65_HS1-834228961_62-HQ-83894_Serial_164
Agency: FBI
Page 31
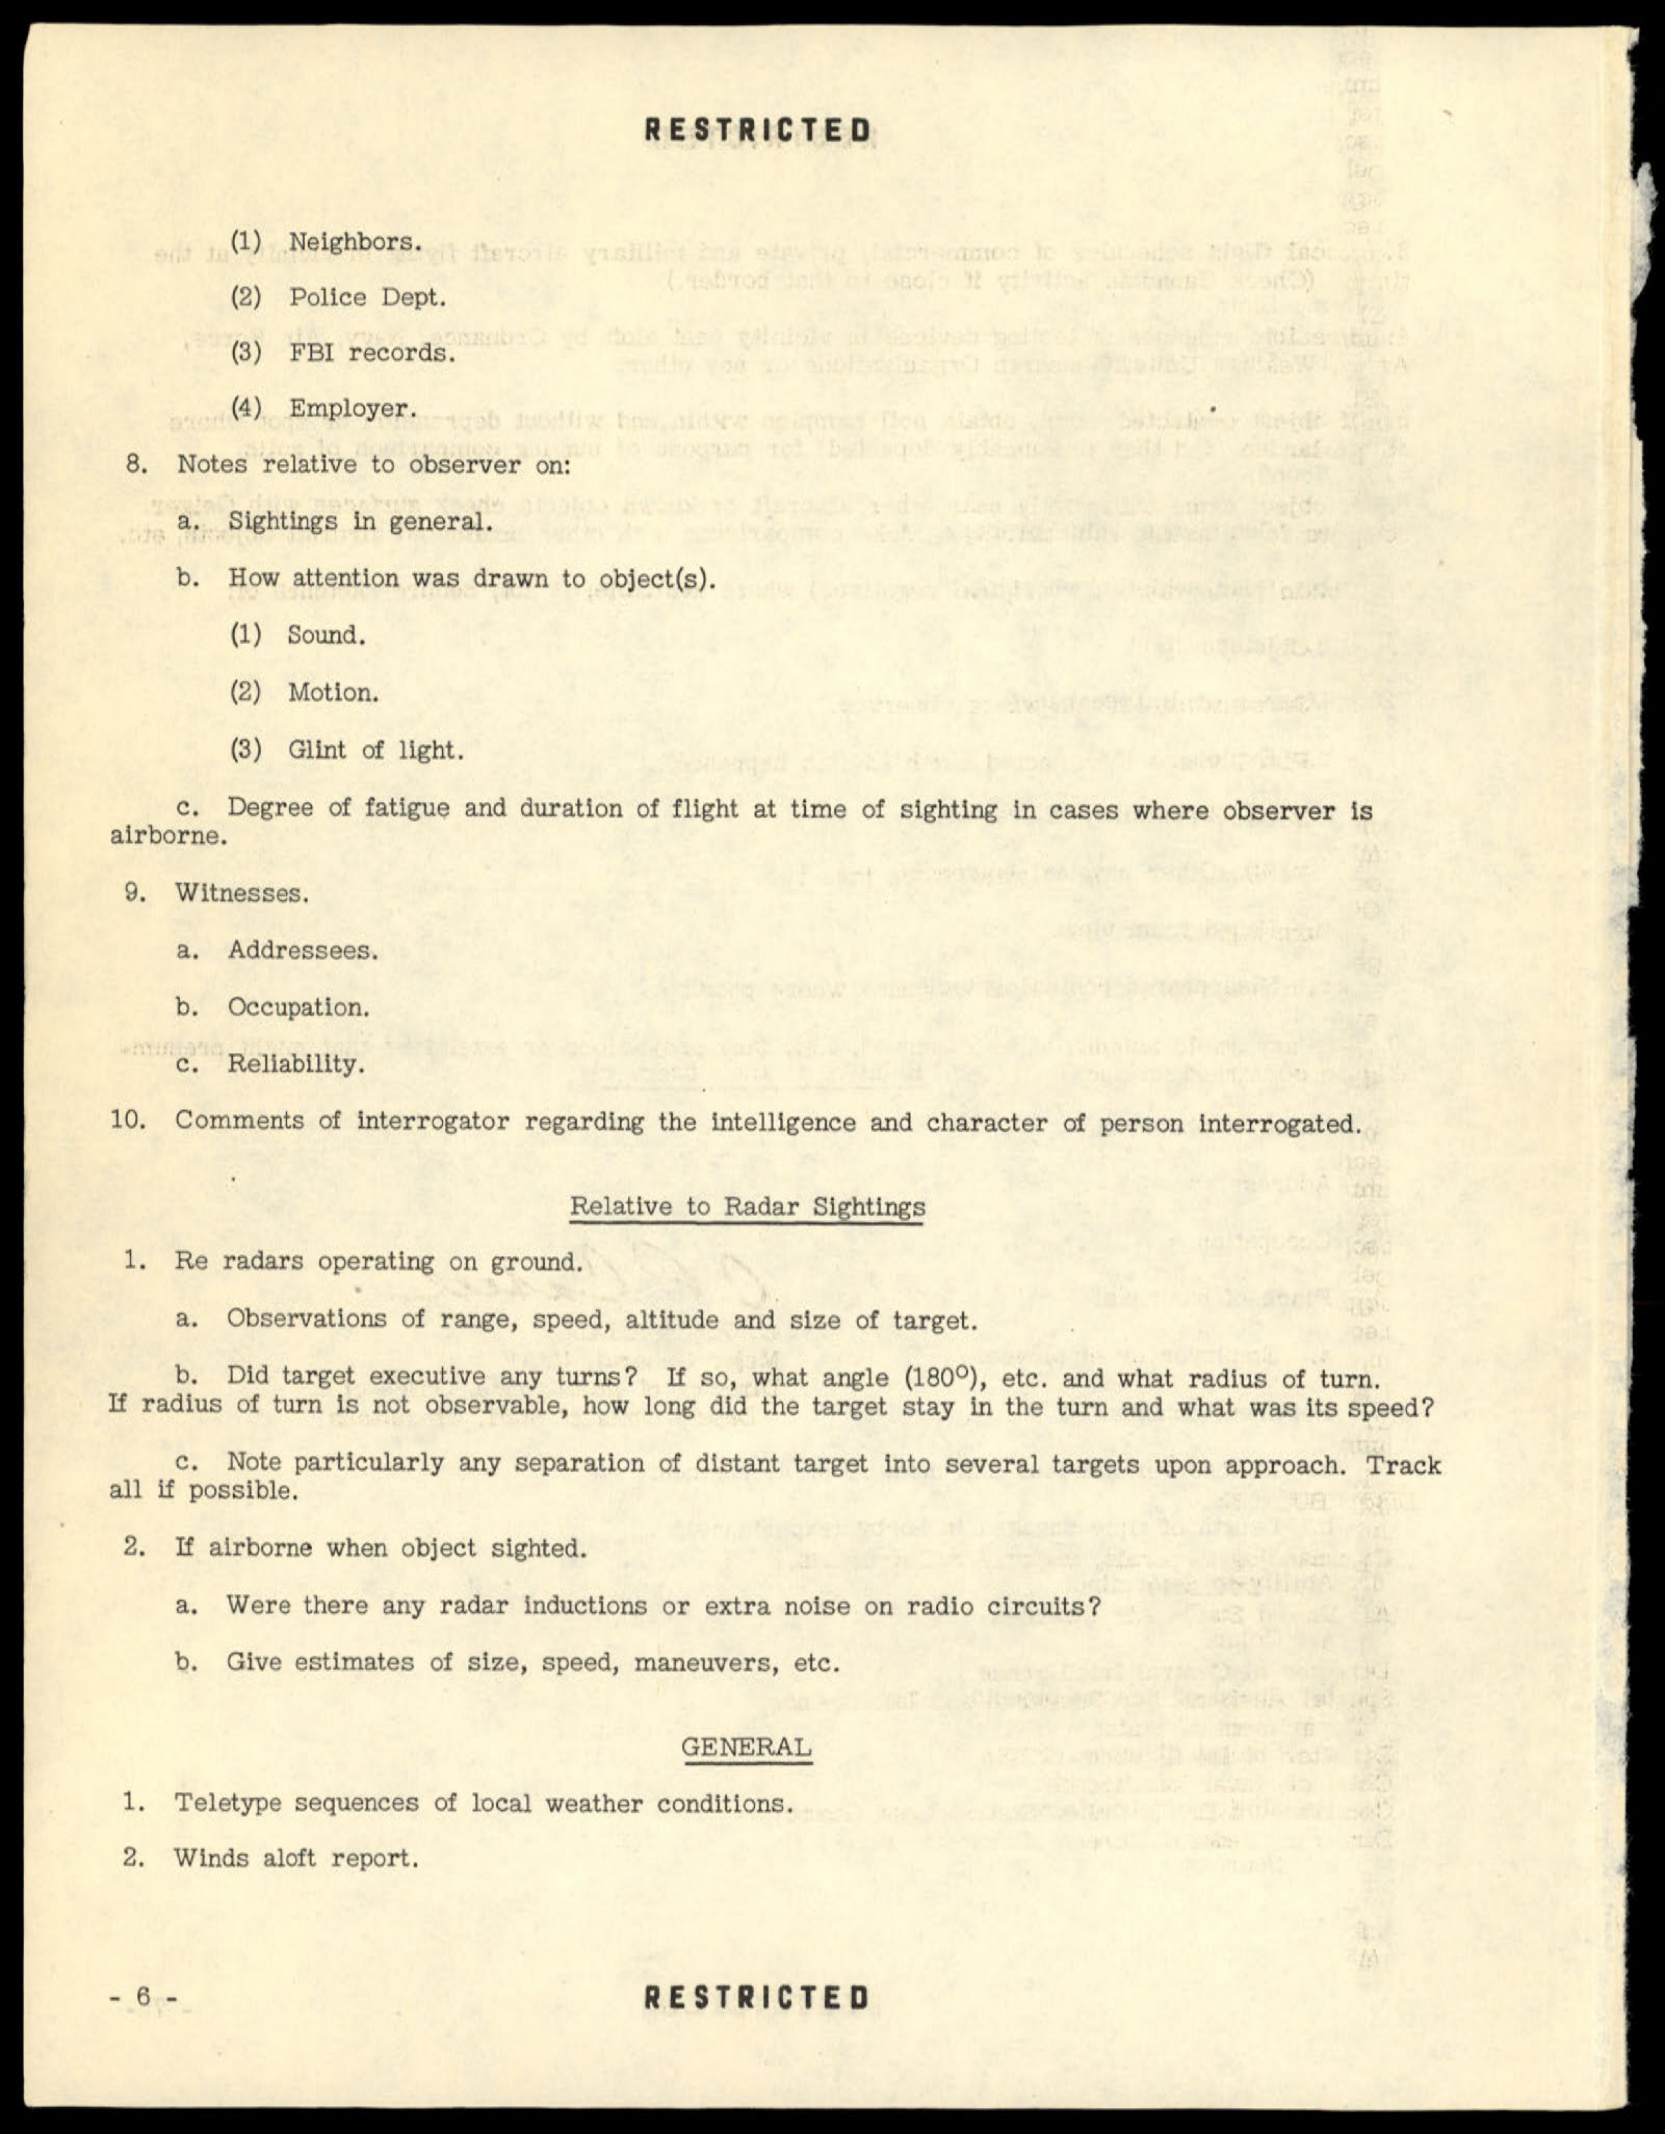